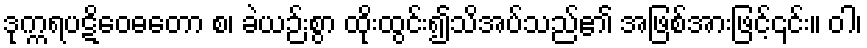
ဒုက္ကရပဋိဝေဓတော စ၊ ခဲယဉ်းစွာ ထိုးထွင်း၍သိအပ်သည်၏ အဖြစ်အားဖြင့်၎င်း။ ဝါ၊